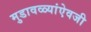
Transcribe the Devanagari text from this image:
मुडावळ्यांऐवजी